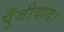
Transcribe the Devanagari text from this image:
पूँजीवाद।